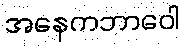
အနေကဘာဝေါ